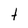
Character: t